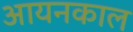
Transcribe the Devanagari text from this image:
आयनकाल